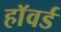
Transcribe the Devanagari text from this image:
हाॅवर्ड